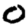
Digit: 0